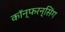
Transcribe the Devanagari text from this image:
कॉन्फरन्सिंग